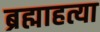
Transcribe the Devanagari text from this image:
ब्रह्माहत्या